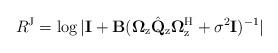
LaTeX: \begin{align*} R^\mathrm{J}=\log{|\mathbf{I}+\mathbf{B}(\mathbf{\Omega}_\mathrm{z}\hat{\mathbf{Q}}_\mathrm{z}\mathbf{\Omega}_\mathrm{z}^\mathrm{H}+\sigma^2\mathbf{I})^{-1}|}\end{align*}